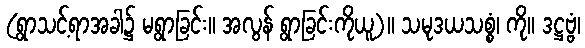
(ရွာသင့်ရာအခါ၌ မရွာခြင်း။ အလွန် ရွာခြင်းကိုယူ)။ သမုဒယသစ္စံ၊ ကို။ ဒဋ္ဌဗ္ဗံ၊